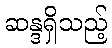
ဆန္ဒရှိသည့်